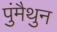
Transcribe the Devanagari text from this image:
पुंमैथुन